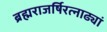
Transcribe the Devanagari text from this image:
ब्रह्मराजर्षिरत्नाढ्यां